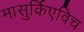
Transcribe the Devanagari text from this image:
मासुर्किएविच